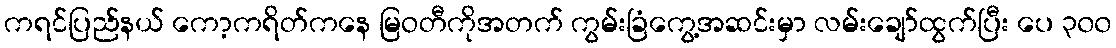
ကရင်ပြည်နယ် ကော့ကရိတ်ကနေ မြဝတီကိုအတက် ကွမ်းခြံကွေ့အဆင်းမှာ လမ်းချော်ထွက်ပြီး ပေ ၃၀၀